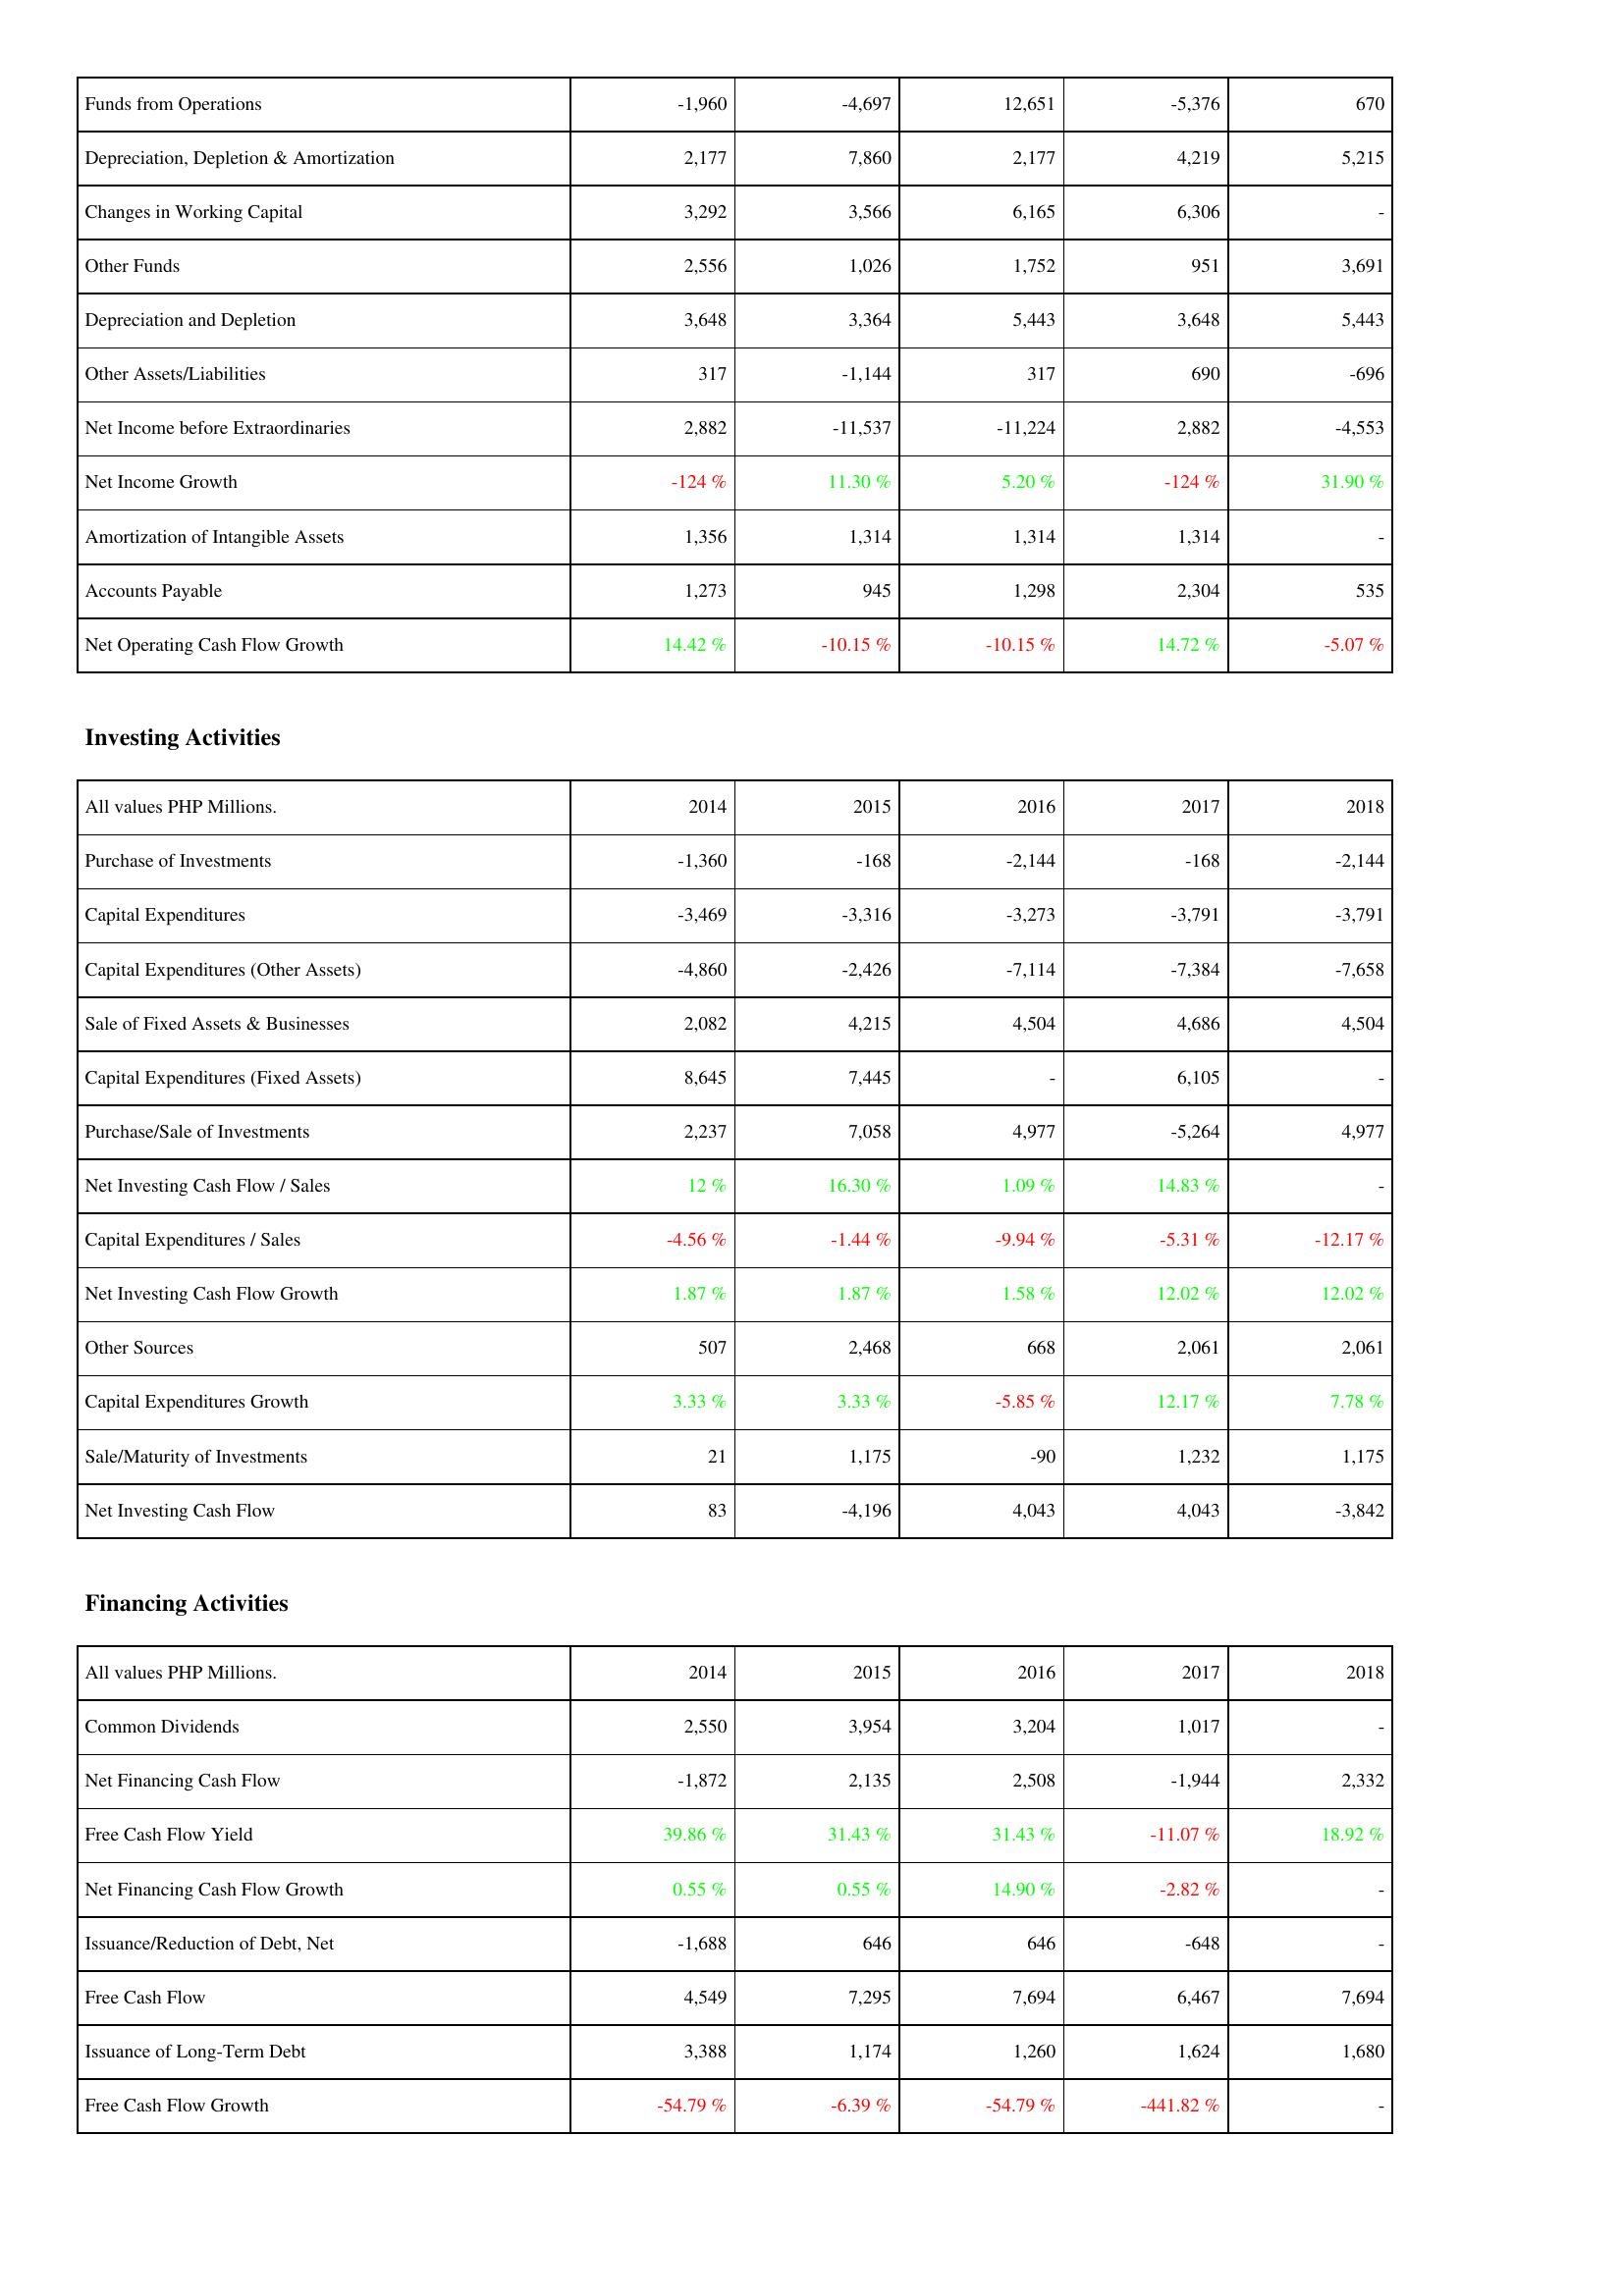
2014: Operating Activities: Funds from Operations: -1,960
Depreciation, Depletion & Amortization: 2,177
Changes in Working Capital: 3,292
Other Funds: 2,556
Depreciation and Depletion: 3,648
Other Assets/Liabilities: 317
Net Income before Extraordinaries: 2,882
Net Income Growth: -124 %
Amortization of Intangible Assets: 1,356
Accounts Payable: 1,273
Net Operating Cash Flow Growth: 14.42 %
Investing Activities: Purchase of Investments: -1,360
Capital Expenditures: -3,469
Capital Expenditures (Other Assets): -4,860
Sale of Fixed Assets & Businesses: 2,082
Capital Expenditures (Fixed Assets): 8,645
Purchase/Sale of Investments: 2,237
Net Investing Cash Flow / Sales: 12 %
Capital Expenditures / Sales: -4.56 %
Net Investing Cash Flow Growth: 1.87 %
Other Sources: 507
Capital Expenditures Growth: 3.33 %
Sale/Maturity of Investments: 21
Net Investing Cash Flow: 83
Financing Activities: Common Dividends: 2,550
Net Financing Cash Flow: -1,872
Free Cash Flow Yield: 39.86 %
Net Financing Cash Flow Growth: 0.55 %
Issuance/Reduction of Debt, Net: -1,688
Free Cash Flow: 4,549
Issuance of Long-Term Debt: 3,388
Free Cash Flow Growth: -54.79 %
2015: Operating Activities: Funds from Operations: -4,697
Depreciation, Depletion & Amortization: 7,860
Changes in Working Capital: 3,566
Other Funds: 1,026
Depreciation and Depletion: 3,364
Other Assets/Liabilities: -1,144
Net Income before Extraordinaries: -11,537
Net Income Growth: 11.30 %
Amortization of Intangible Assets: 1,314
Accounts Payable: 945
Net Operating Cash Flow Growth: -10.15 %
Investing Activities: Purchase of Investments: -168
Capital Expenditures: -3,316
Capital Expenditures (Other Assets): -2,426
Sale of Fixed Assets & Businesses: 4,215
Capital Expenditures (Fixed Assets): 7,445
Purchase/Sale of Investments: 7,058
Net Investing Cash Flow / Sales: 16.30 %
Capital Expenditures / Sales: -1.44 %
Net Investing Cash Flow Growth: 1.87 %
Other Sources: 2,468
Capital Expenditures Growth: 3.33 %
Sale/Maturity of Investments: 1,175
Net Investing Cash Flow: -4,196
Financing Activities: Common Dividends: 3,954
Net Financing Cash Flow: 2,135
Free Cash Flow Yield: 31.43 %
Net Financing Cash Flow Growth: 0.55 %
Issuance/Reduction of Debt, Net: 646
Free Cash Flow: 7,295
Issuance of Long-Term Debt: 1,174
Free Cash Flow Growth: -6.39 %
2016: Operating Activities: Funds from Operations: 12,651
Depreciation, Depletion & Amortization: 2,177
Changes in Working Capital: 6,165
Other Funds: 1,752
Depreciation and Depletion: 5,443
Other Assets/Liabilities: 317
Net Income before Extraordinaries: -11,224
Net Income Growth: 5.20 %
Amortization of Intangible Assets: 1,314
Accounts Payable: 1,298
Net Operating Cash Flow Growth: -10.15 %
Investing Activities: Purchase of Investments: -2,144
Capital Expenditures: -3,273
Capital Expenditures (Other Assets): -7,114
Sale of Fixed Assets & Businesses: 4,504
Capital Expenditures (Fixed Assets): -
Purchase/Sale of Investments: 4,977
Net Investing Cash Flow / Sales: 1.09 %
Capital Expenditures / Sales: -9.94 %
Net Investing Cash Flow Growth: 1.58 %
Other Sources: 668
Capital Expenditures Growth: -5.85 %
Sale/Maturity of Investments: -90
Net Investing Cash Flow: 4,043
Financing Activities: Common Dividends: 3,204
Net Financing Cash Flow: 2,508
Free Cash Flow Yield: 31.43 %
Net Financing Cash Flow Growth: 14.90 %
Issuance/Reduction of Debt, Net: 646
Free Cash Flow: 7,694
Issuance of Long-Term Debt: 1,260
Free Cash Flow Growth: -54.79 %
2017: Operating Activities: Funds from Operations: -5,376
Depreciation, Depletion & Amortization: 4,219
Changes in Working Capital: 6,306
Other Funds: 951
Depreciation and Depletion: 3,648
Other Assets/Liabilities: 690
Net Income before Extraordinaries: 2,882
Net Income Growth: -124 %
Amortization of Intangible Assets: 1,314
Accounts Payable: 2,304
Net Operating Cash Flow Growth: 14.72 %
Investing Activities: Purchase of Investments: -168
Capital Expenditures: -3,791
Capital Expenditures (Other Assets): -7,384
Sale of Fixed Assets & Businesses: 4,686
Capital Expenditures (Fixed Assets): 6,105
Purchase/Sale of Investments: -5,264
Net Investing Cash Flow / Sales: 14.83 %
Capital Expenditures / Sales: -5.31 %
Net Investing Cash Flow Growth: 12.02 %
Other Sources: 2,061
Capital Expenditures Growth: 12.17 %
Sale/Maturity of Investments: 1,232
Net Investing Cash Flow: 4,043
Financing Activities: Common Dividends: 1,017
Net Financing Cash Flow: -1,944
Free Cash Flow Yield: -11.07 %
Net Financing Cash Flow Growth: -2.82 %
Issuance/Reduction of Debt, Net: -648
Free Cash Flow: 6,467
Issuance of Long-Term Debt: 1,624
Free Cash Flow Growth: -441.82 %
2018: Operating Activities: Funds from Operations: 670
Depreciation, Depletion & Amortization: 5,215
Changes in Working Capital: -
Other Funds: 3,691
Depreciation and Depletion: 5,443
Other Assets/Liabilities: -696
Net Income before Extraordinaries: -4,553
Net Income Growth: 31.90 %
Amortization of Intangible Assets: -
Accounts Payable: 535
Net Operating Cash Flow Growth: -5.07 %
Investing Activities: Purchase of Investments: -2,144
Capital Expenditures: -3,791
Capital Expenditures (Other Assets): -7,658
Sale of Fixed Assets & Businesses: 4,504
Capital Expenditures (Fixed Assets): -
Purchase/Sale of Investments: 4,977
Net Investing Cash Flow / Sales: -
Capital Expenditures / Sales: -12.17 %
Net Investing Cash Flow Growth: 12.02 %
Other Sources: 2,061
Capital Expenditures Growth: 7.78 %
Sale/Maturity of Investments: 1,175
Net Investing Cash Flow: -3,842
Financing Activities: Common Dividends: -
Net Financing Cash Flow: 2,332
Free Cash Flow Yield: 18.92 %
Net Financing Cash Flow Growth: -
Issuance/Reduction of Debt, Net: -
Free Cash Flow: 7,694
Issuance of Long-Term Debt: 1,680
Free Cash Flow Growth: -